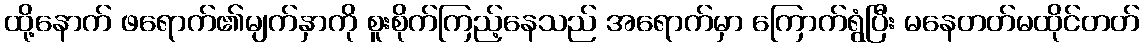
ထို့နောက် ဖရောက်၏မျက်နှာကို စူးစိုက်ကြည့်နေသည် အရောက်မှာ ကြောက်ရွံပြီး မနေတတ်မထိုင်တတ်